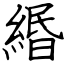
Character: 緡